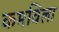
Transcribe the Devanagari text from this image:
कमविला